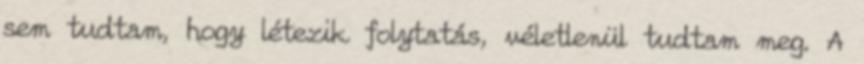
sem tudtam, hogy létezik folytatás, véletlenül tudtam meg. A